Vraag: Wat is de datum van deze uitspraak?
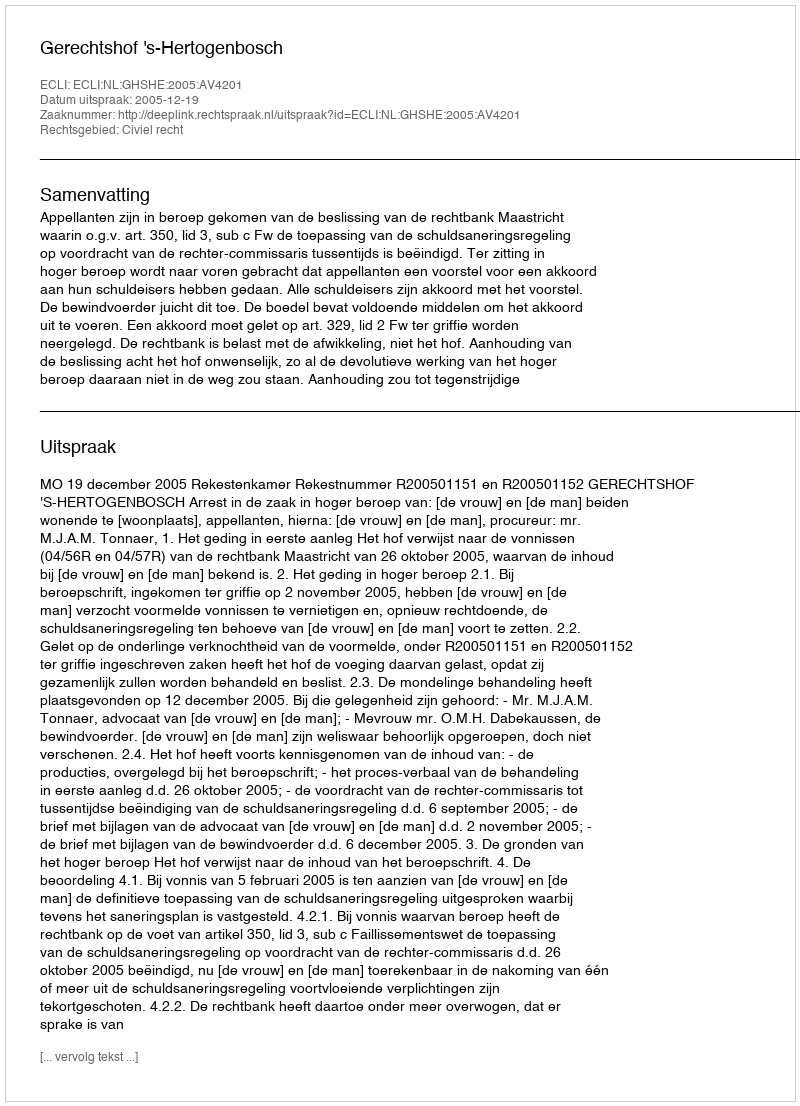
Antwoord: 2005-12-19